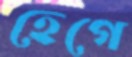
হেগে